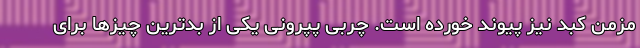
مزمن کبد نیز پیوند خورده است. چربی پپرونی یکی از بدترین چیزها برای